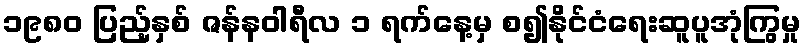
၁၉၈၀ ပြည့်နှစ် ဇန်နဝါရီလ ၁ ရက်နေ့မှ စ၍နိုင်ငံရေးဆူပူအုံကြွမှု